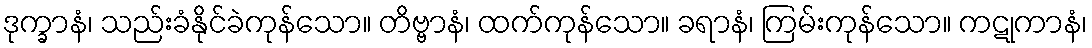
ဒုက္ခာနံ၊ သည်းခံနိုင်ခဲကုန်သော။ တိဗ္ဗာနံ၊ ထက်ကုန်သော။ ခရာနံ၊ ကြမ်းကုန်သော။ ကဋုကာနံ၊